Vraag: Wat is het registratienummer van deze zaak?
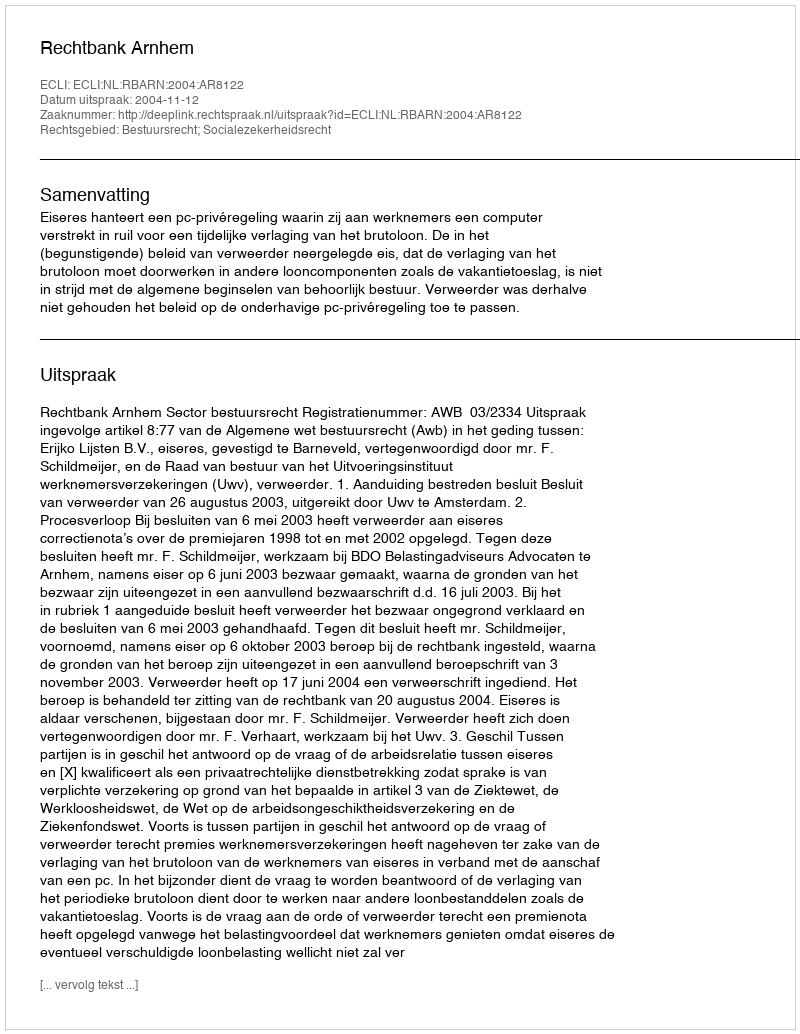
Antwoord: http://deeplink.rechtspraak.nl/uitspraak?id=ECLI:NL:RBARN:2004:AR8122